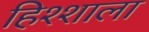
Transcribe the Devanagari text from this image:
हिश्शाला